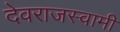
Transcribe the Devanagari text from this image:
देवराजस्वामी